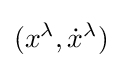
(x^{\lambda },{\dot {x}}^{\lambda })